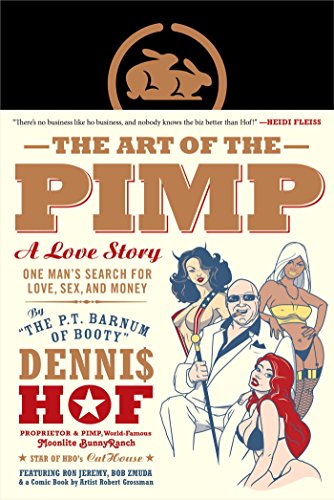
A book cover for The Art of the Pimp: One Man's Search for Love, Sex, and Money; Dennis Hof; Biographies & Memoirs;